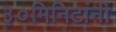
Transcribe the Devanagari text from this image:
३०मिनिटांनी